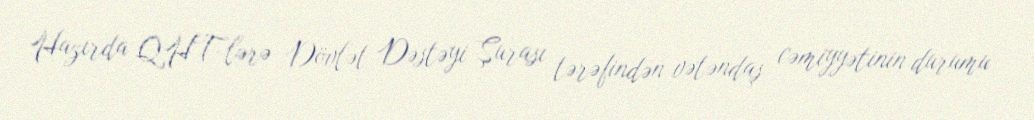
Hazırda QHT-lərə Dövlət Dəstəyi Şurası tərəfindən vətəndaş cəmiyyətinin durumu